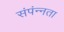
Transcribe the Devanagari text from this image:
संपंन्नता